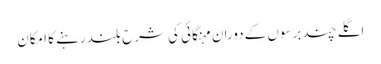
اگلے چند برسوں کے دوران مہنگائی کی شرح بلند رہنے کا امکان